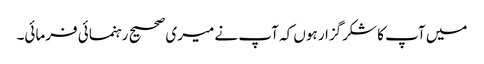
میں آپ کا شکرگزار ہوں کہ آپ نے میری صحیح رہنمائی فرمائی۔